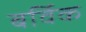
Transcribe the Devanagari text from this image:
बर्विक